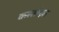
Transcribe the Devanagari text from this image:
कस्तोझा